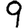
Digit: 9